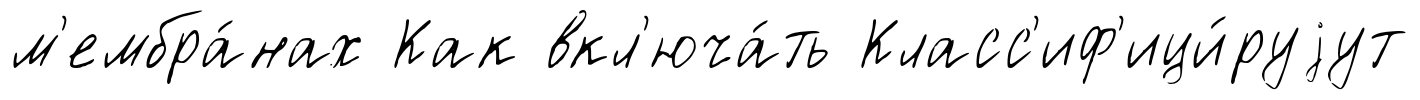
м'ембра́нах Как вкл'юча́ть Класс'иф'ици́руjут